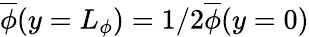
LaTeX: \overline{{\phi}}(y=L_{\phi})=1/2\overline{{\phi}}(y=0)